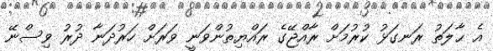
އެ ޙާލަތު ރަނގަޅު ކުރުމަށް ރާއްޖޭގެ ރައްޔިތުންވަނީ ވަރަށް ހަރުދަނާ ދުރު ވިސްނޭ